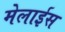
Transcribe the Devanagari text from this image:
मेलाईस